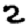
Digit: 2